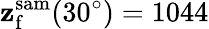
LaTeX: \mathbf{z}_{\mathrm{{f}}}^{\mathrm{{sam}}}(30^{\circ})=1044